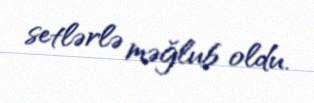
setlərlə məğlub oldu.